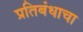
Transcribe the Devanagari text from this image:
प्रतिबंधाचा